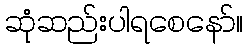
ဆုံဆည်းပါရစေနော်။